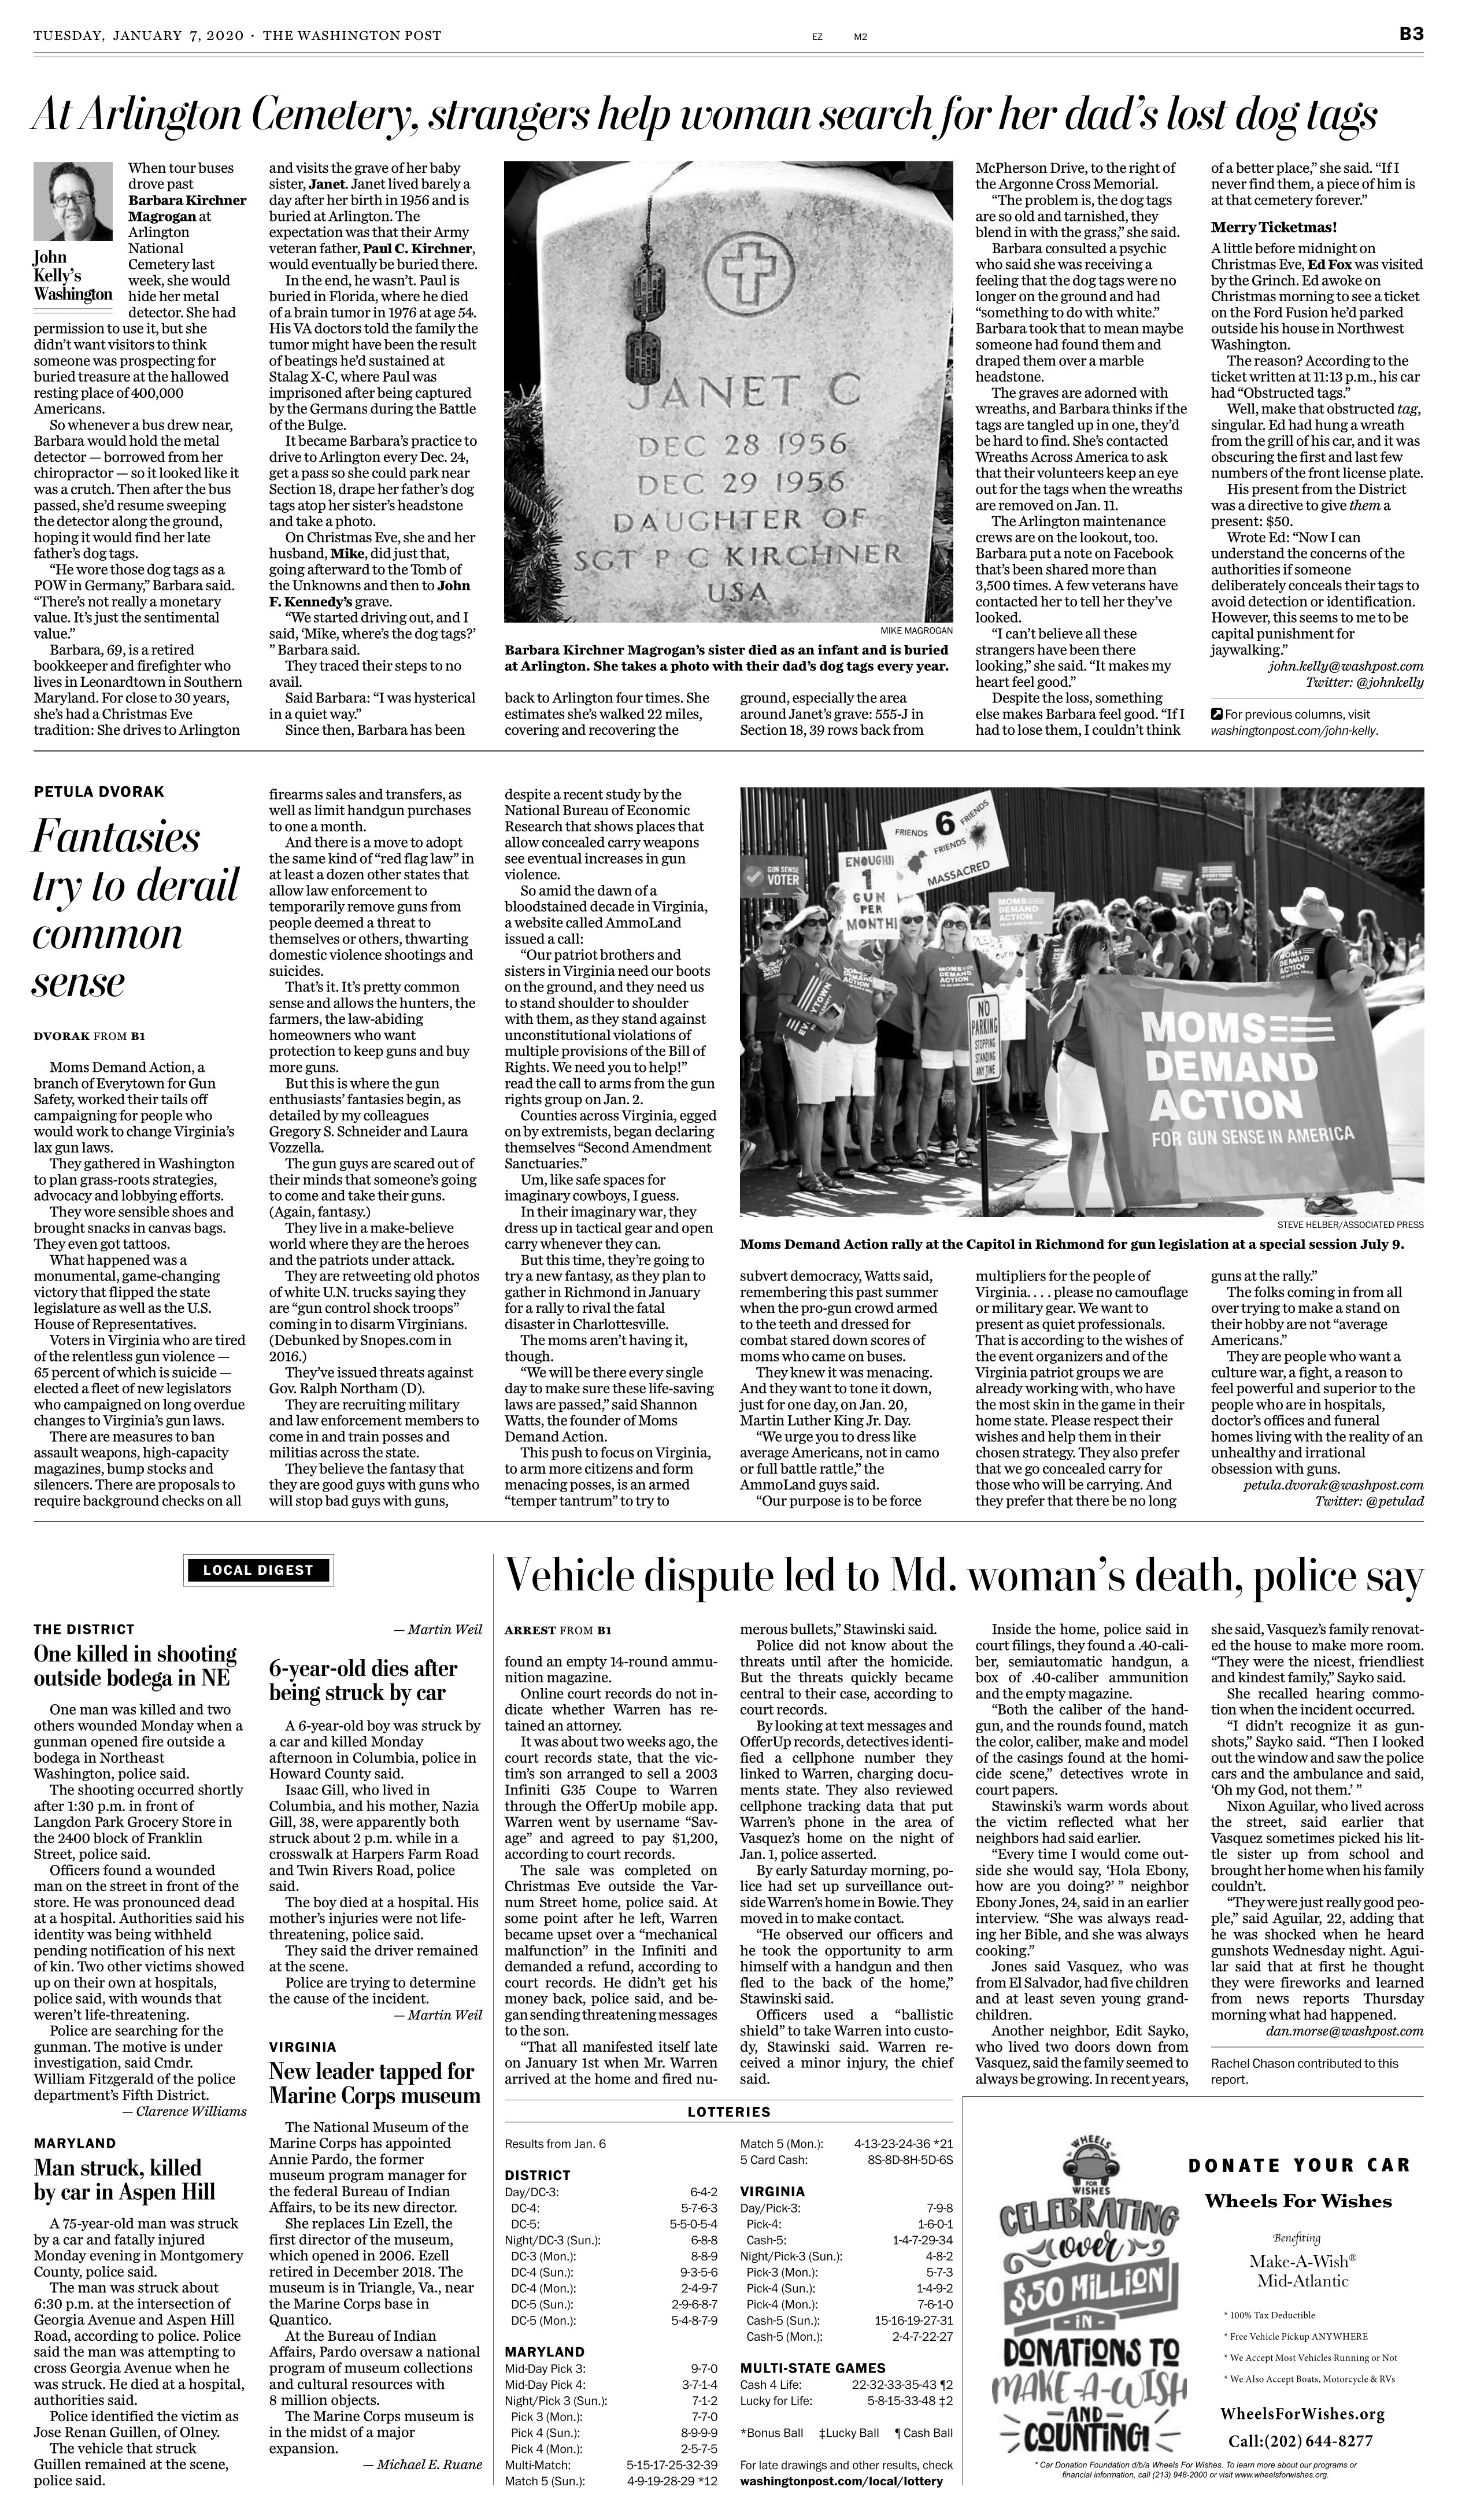
Language: en